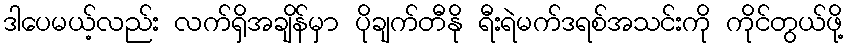
ဒါပေမယ့်လည်း လက်ရှိအချိန်မှာ ပိုချက်တီနို ရီးရဲမက်ဒရစ်အသင်းကို ကိုင်တွယ်ဖို့